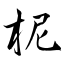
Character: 柅